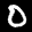
Label: 0